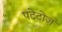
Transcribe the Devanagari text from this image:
पटेटोज